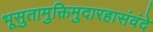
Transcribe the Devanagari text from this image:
भूसुतामुक्तिमुदारहासंवंदे